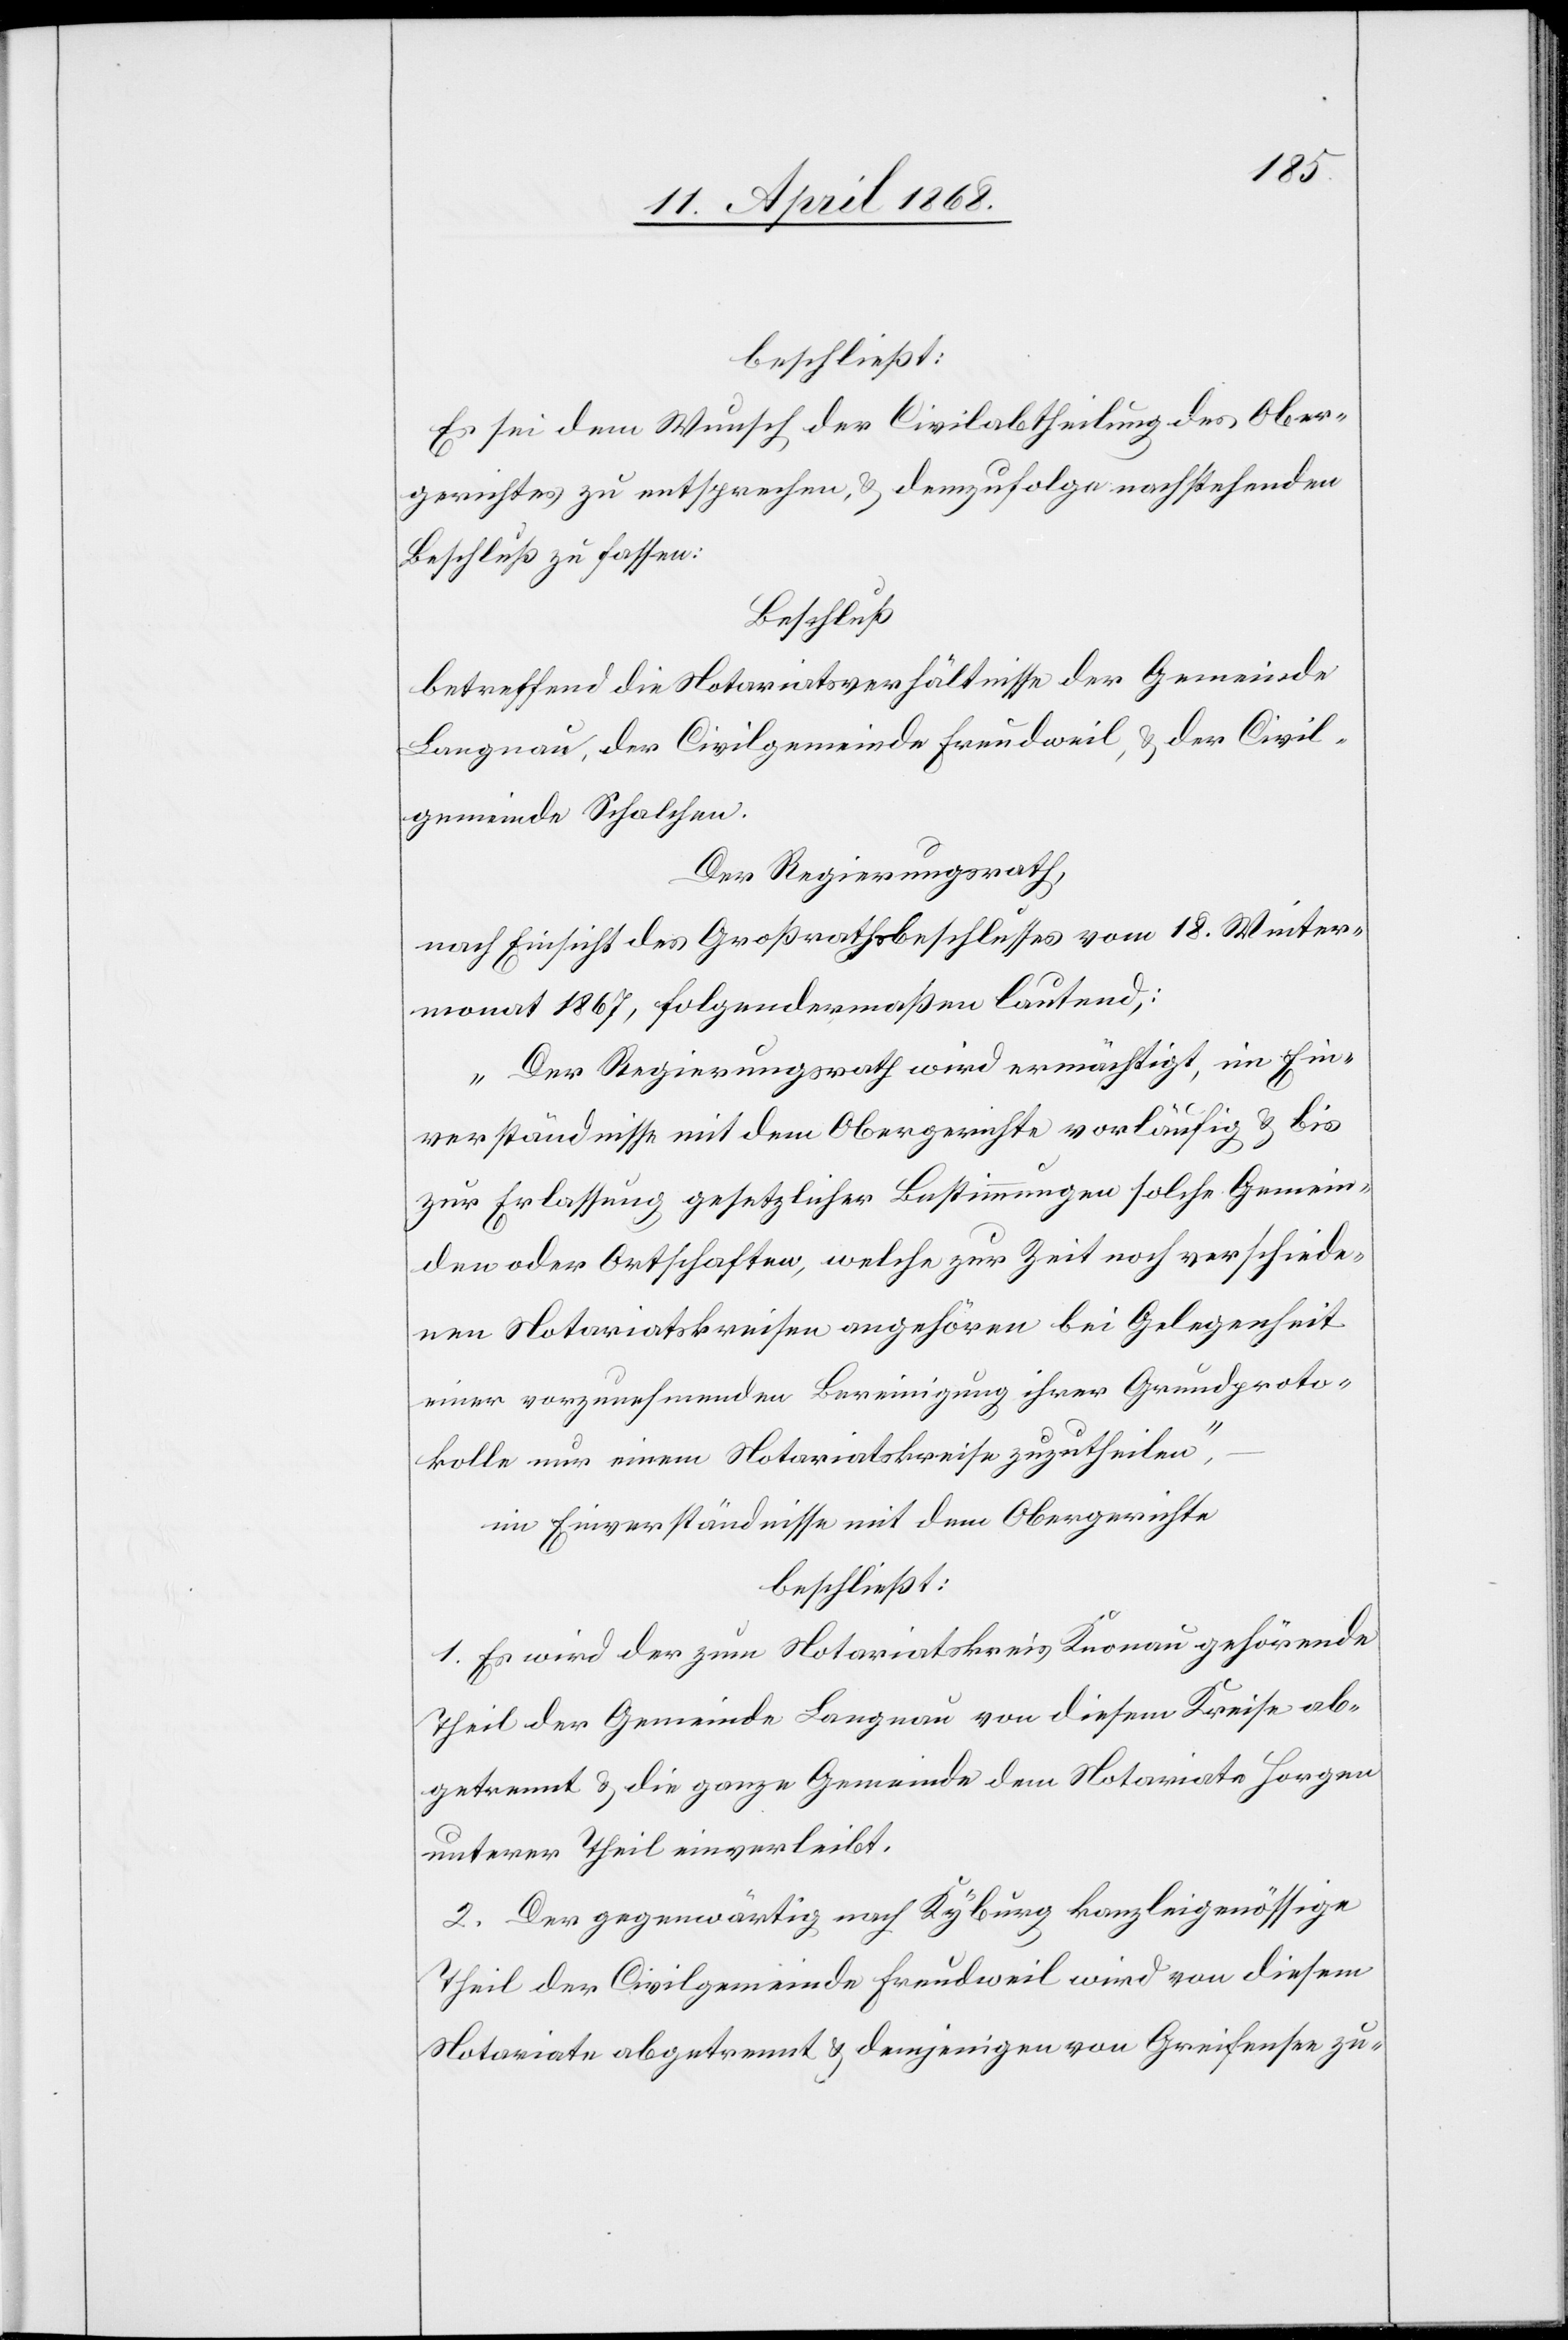
beschließt:
Es sei dem Wunsch der Civilabteilung des Ober¬
gerichtes zu entsprechen, & demzufolge nachstehenden
Beschluß zu fassen:
Beschluß
betreffend die Notariatsverhältnisse der Gemeinde
Langnau, der Civilgemeinde Freudweil, & der Civil¬
gemeinde Schalchen.
Der Regierungsrath,
nach Einsicht des Großrathsbeschlusses vom 18. Winter¬
monat 1867, folgendermaßen lautend,:
„Der Regierungsrath wird ermächtigt, im Ein¬
verständnisse mit dem Obergerichte vorläufig & bis
zur Erlassung gesetzlicher Bestimmungen solche Gemein¬
den oder Ortschaften, welche zur Zeit noch verschiede¬
nen Notariatskreisen angehören bei Gelegenheit
einer vorzunehmenden Bereinigung ihrer Grundproto¬
kolle nur einem Notariatskreise zuzutheilen“,
im Einverständnisse mit dem Obergerichte
beschließt:
1. Es wird der zum Notariatskreis Knonau gehörende
Theil der Gemeinde Langnau von diesem Kreise ab¬
getrennt & die ganze Gemeinde dem Notariate Horgen
unterer Theil einverleibt.
2. Der gegenwärtig nach Kyburg kanzleigenössige
Theil der Civilgemeinde Freudweil wird von diesem
Notariate abgetrennt & demjenigen von Greifensee zu-